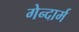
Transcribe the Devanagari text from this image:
गेन्दार्म